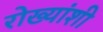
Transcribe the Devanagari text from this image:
रोख्यांशी